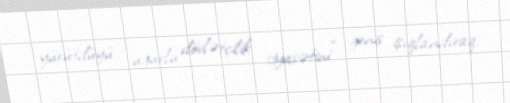
yürütdüyü “uğurlu dövlətçilik siyasətini” geniş işıqlandıraq.